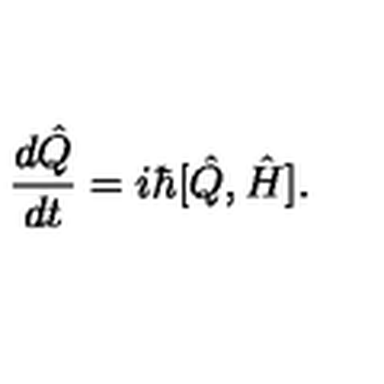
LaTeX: \frac { d \hat { Q } } { d t } = i \hbar [ \hat { Q } , \hat { H } ] .